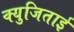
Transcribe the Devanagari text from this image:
क्युजिताई